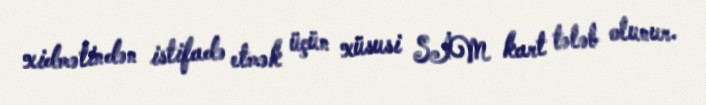
xidmətindən istifadə etmək üçün xüsusi SİM kart tələb olunur.